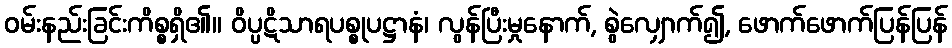
ဝမ်းနည်းခြင်းကိစ္စရှိ၏။ ဝိပ္ပဋိသာရပစ္စုပဋ္ဌာနံ၊ လွန်ပြီးမှုနောက်, စွဲလျှောက်၍, ဖောက်ဖောက်ပြန်ပြန်